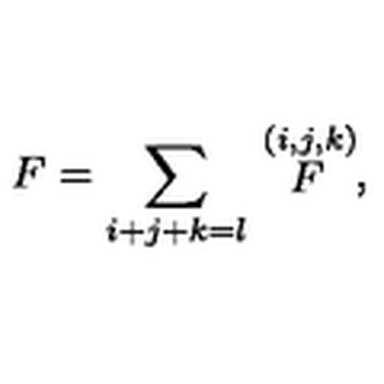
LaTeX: F = \sum _ { i + j + k = l } \stackrel { ( i , j , k ) } { F } ,